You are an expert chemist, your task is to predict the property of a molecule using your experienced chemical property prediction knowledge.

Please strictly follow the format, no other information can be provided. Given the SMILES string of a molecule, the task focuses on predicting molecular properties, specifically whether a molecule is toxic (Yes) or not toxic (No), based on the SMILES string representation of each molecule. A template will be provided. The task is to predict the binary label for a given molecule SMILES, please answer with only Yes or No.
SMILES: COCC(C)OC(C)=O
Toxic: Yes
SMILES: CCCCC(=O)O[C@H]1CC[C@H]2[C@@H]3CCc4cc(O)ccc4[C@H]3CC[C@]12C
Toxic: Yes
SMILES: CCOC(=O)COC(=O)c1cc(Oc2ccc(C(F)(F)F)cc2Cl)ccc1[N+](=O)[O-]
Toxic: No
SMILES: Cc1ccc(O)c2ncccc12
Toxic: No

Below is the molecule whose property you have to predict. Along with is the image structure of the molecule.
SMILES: CCCCCCCCCOC(=O)c1ccc(O)cc1
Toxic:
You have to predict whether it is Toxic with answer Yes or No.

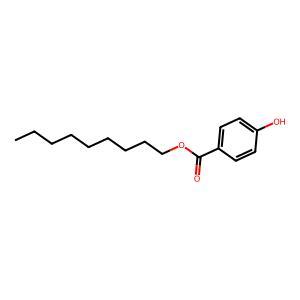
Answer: No